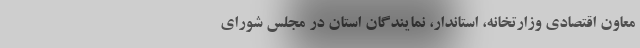
معاون اقتصادی وزارتخانه، استاندار، نمایندگان استان در مجلس شورای